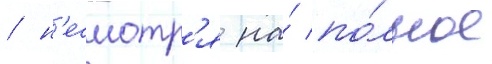
/ н'есмотр'я на́ по́лное